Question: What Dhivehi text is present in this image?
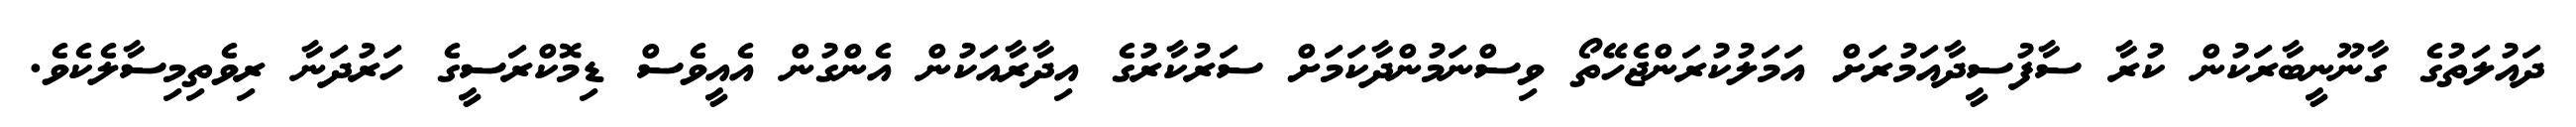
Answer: ދައުލަތުގެ ގާނޫނީބާރަކުން ކުރާ ސާފުސީދާއަމުރަށް އަމަލުކުރަންޖެހޭތޯ ވިސްނަމުންދާކަމަށް ސަރުކާރުގެ އިދާރާއަކުން އެންގުން އެއީވެސް ޑިމޮކްރަސީގެ ހަރުދަނާ ރިވެތިމިސާލެކެވެ.